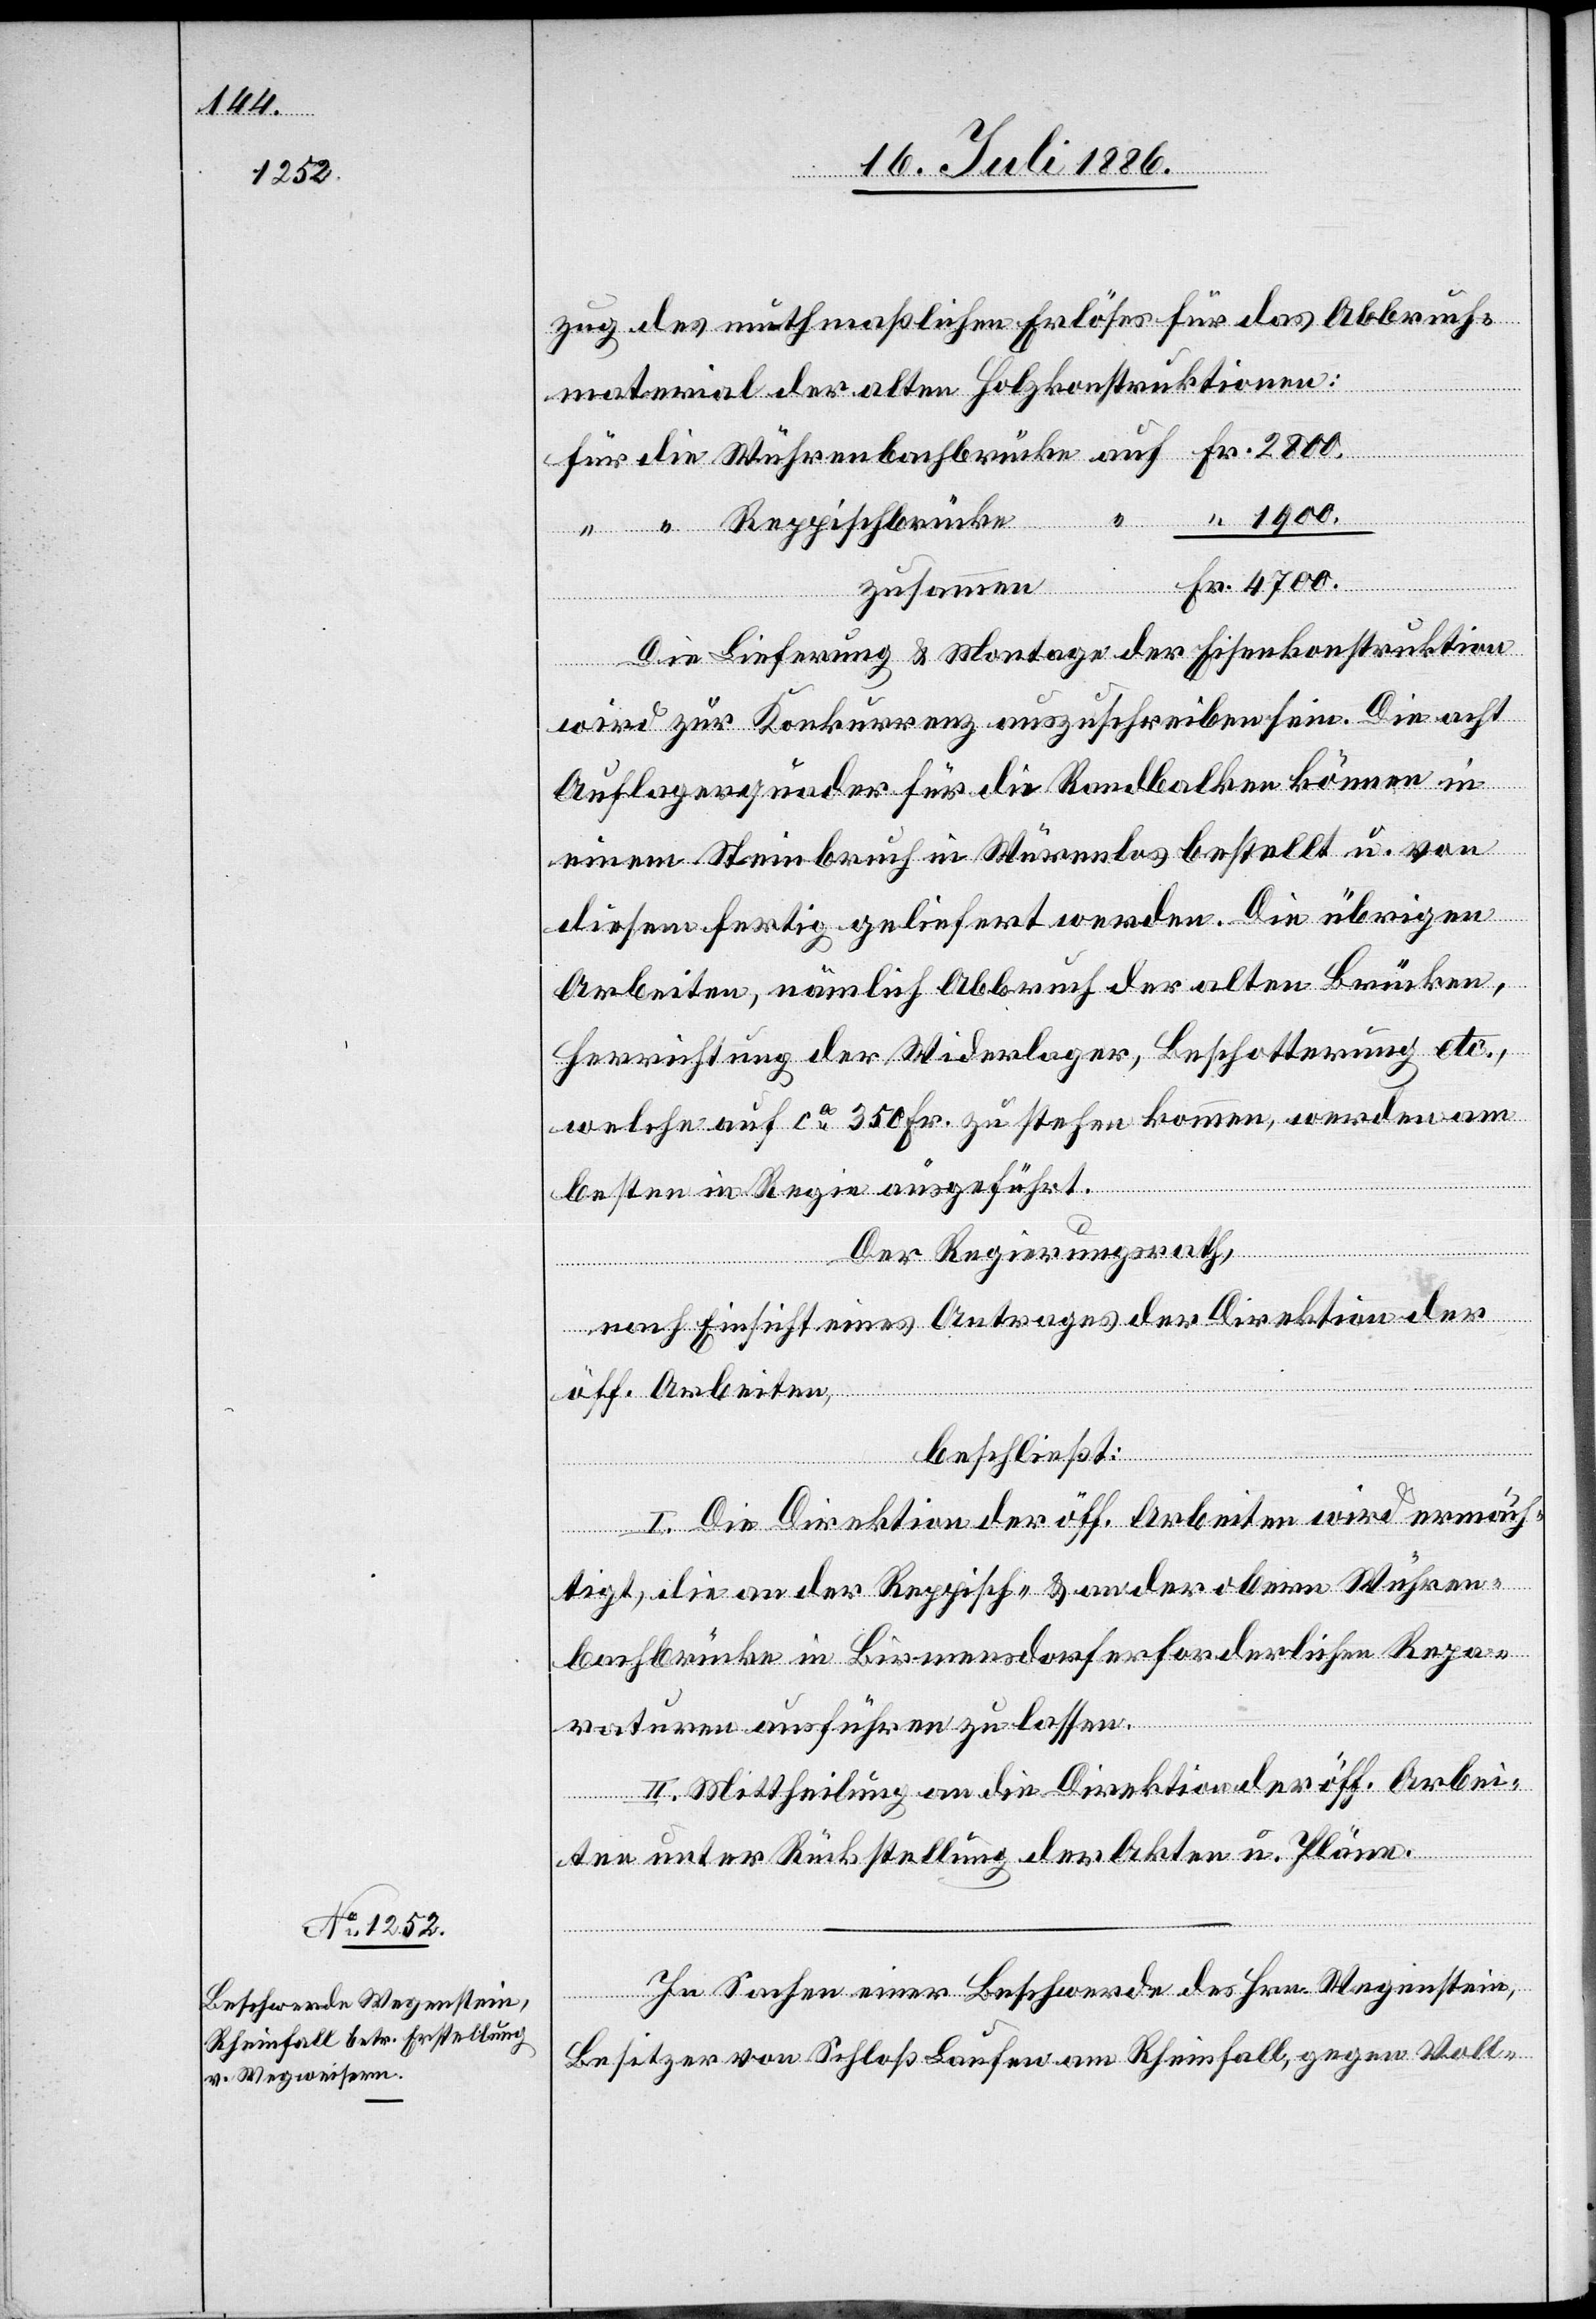
1900.

zug des muthmaßlichen Erlöses für das Abbruch¬
material der alten Holzkonstruktionen:
zusammen
Die Lieferung & Montage der Eisenkonstruktion
wird zur Konkurrenz ausgeschrieben sein. Die acht
Auflagerquader für die Randbalken können in
einem Steinbruch in Würenlos bestellt u. von
diesem fertig geliefert werden. Die übrigen
Arbeiten, nämlich Abbruch der alten Brücken,
Herrichtung der Widerlager, Beschotterung etc.,
welche auf ca 350 Fr. zu stehen kommen, werden am
besten in Regie ausgeführt.
Der Regierungsrath,
nach Einsicht eines Antrages der Direktion der
Fr.
öff. Arbeiten,
beschließt:
I. Die Direktion der öff. Arbeiten wird ermäch¬
tigt, die an der Reppisch- & an der obern Wühren¬
bachbrücke in Birmensdorf erforderlichen Repa¬
raturen ausführen zu lassen.
II. Mittheilung an die Direktion der öff. Arbei¬
ten unter Rückstellung der Akten u. Pläne.
In Sachen einer Beschwerde des Hrn. Wegenstein,
Besitzer von Schloß Laufen am Rheinfall, gegen Voll-